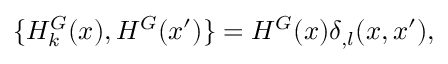
{ } \{ H _ { k } ^ { G } ( x ) , H ^ { G } ( x ^ { \prime } ) \} = H ^ { G } ( x ) { \delta } _ { , l } ( x , x ^ { \prime } ) ,